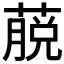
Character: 𦸍